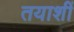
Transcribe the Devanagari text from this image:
तयाशीं